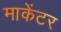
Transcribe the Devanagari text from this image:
माकेंटर